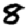
Digit: 8